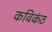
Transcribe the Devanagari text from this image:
कविकंठ